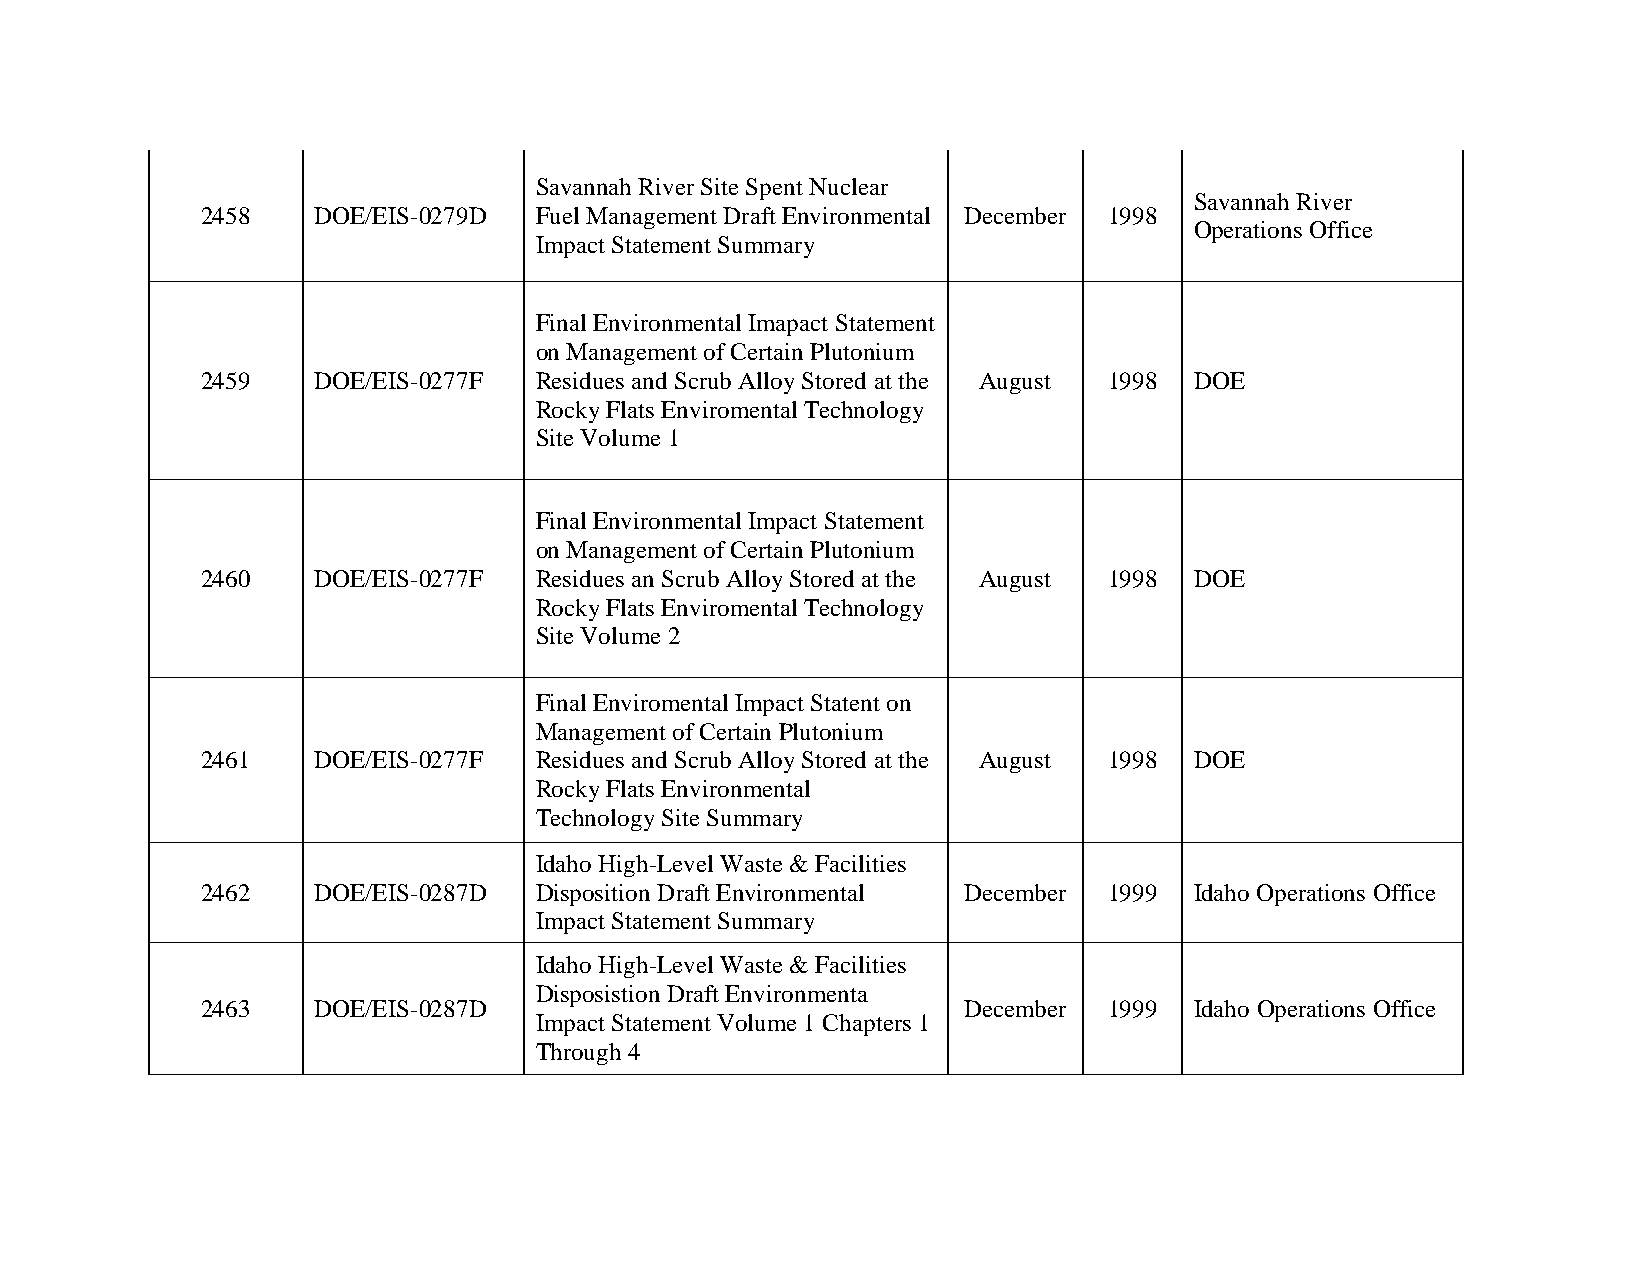
Savannah River Site Spent Nuclear
 Savannah River
 2458    DOE/EIS-0279D Fuel Management Draft Environmental December 1998
 Operations Office
 Impact Statement Summary
 Final Environmental Imapact Statement
 on Management of Certain Plutonium
 2459    DOE/EIS-0277F Residues and Scrub Alloy Stored at the August 1998 DOE
 Rocky Flats Enviromental Technology
 Site Volume 1
 Final Environmental Impact Statement
 on Management of Certain Plutonium
 2460    DOE/EIS-0277F Residues an Scrub Alloy Stored at the August 1998 DOE
 Rocky Flats Enviromental Technology
 Site Volume 2
 Final Enviromental Impact Statent on
 Management of Certain Plutonium
 2461    DOE/EIS-0277F Residues and Scrub Alloy Stored at the August 1998 DOE
 Rocky Flats Environmental
 Technology Site Summary
 Idaho High-Level Waste & Facilities
 2462    DOE/EIS-0287D Disposition Draft Environmental December 1999 Idaho Operations Office
 Impact Statement Summary
 Idaho High-Level Waste & Facilities
 Disposistion Draft Environmenta
 2463    DOE/EIS-0287D                              December 1999  Idaho Operations Office
 Impact Statement Volume 1 Chapters 1
 Through 4